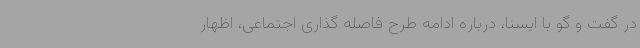
در گفت و گو با ایسنا، درباره ادامه طرح فاصله گذاری اجتماعی، اظهار